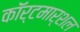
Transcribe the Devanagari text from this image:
काॅर्टमार्शल